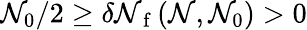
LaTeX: \mathcal{N}_{0}/2\geq\delta\mathcal{N}_{\mathrm{{~f~}}}(\mathcal{N},\mathcal{N}_{0})>0